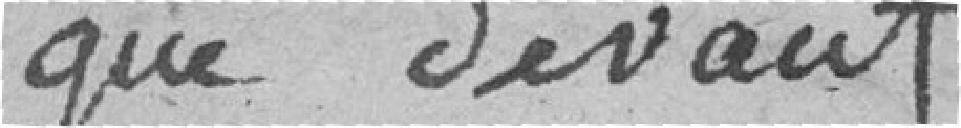
que devant